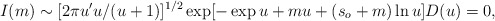
\begin{align*}I(m)\sim [2\pi u'u/(u+1)]^{1/2}\exp [-\exp u+mu+(s_o +m)\ln u]D(u) = 0,\end{align*}